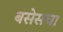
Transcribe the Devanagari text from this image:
बसेसचा